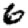
Digit: 6